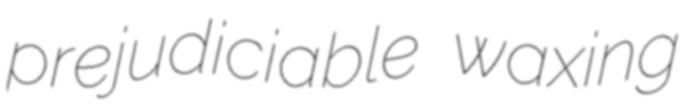
prejudiciable waxing